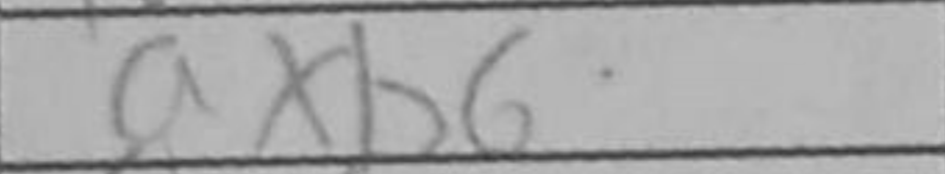
Transcription: axb6